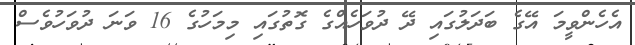
އެހެންވީމަ އޭގެ ބަދަލުގައި ދޭ ދުވަހެއްގެ ގޮތުގައި މިމަހުގެ 16 ވަނަ ދުވަހުވެސް